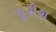
મૂરીશ